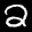
Label: 2